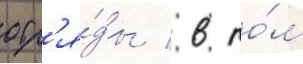
отр'я́ды / в то́м